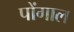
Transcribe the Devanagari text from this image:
पोंगाल